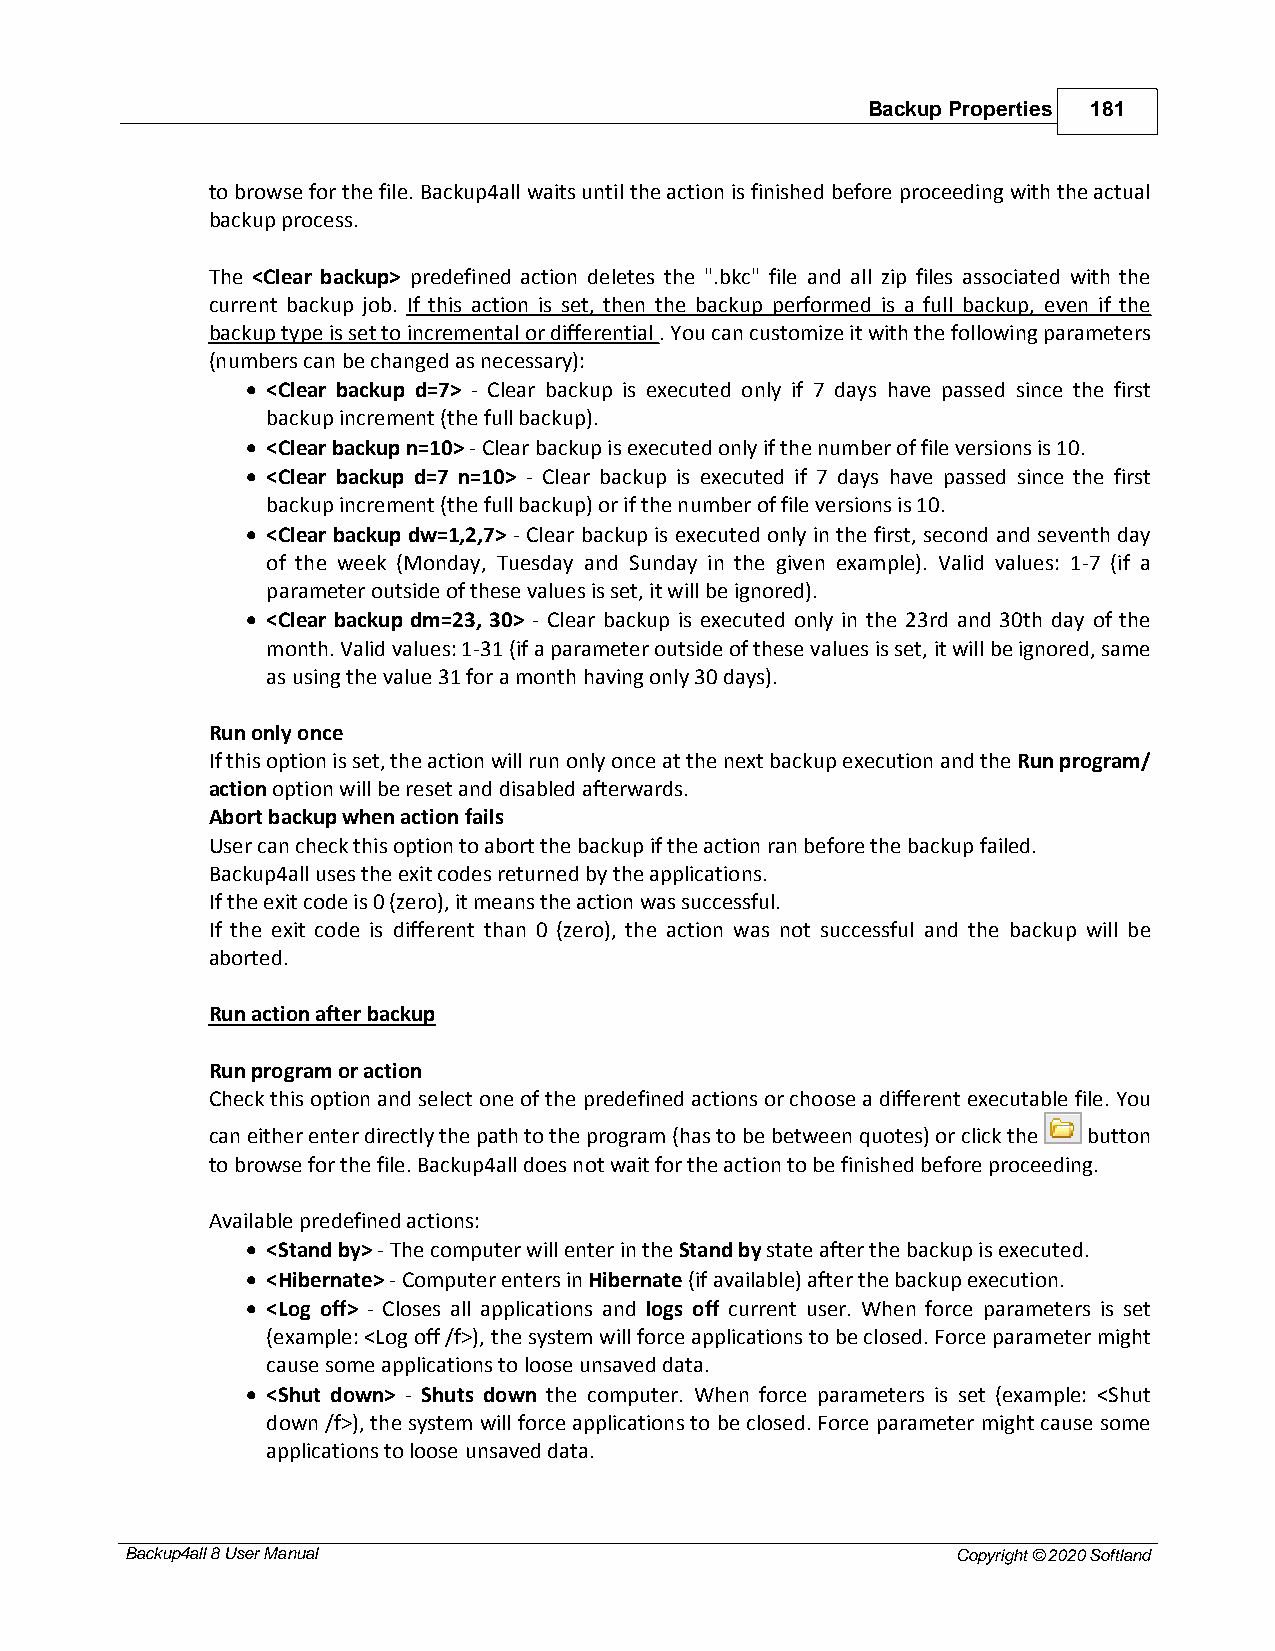
Backup Properties 181
 to browse for the file. Backup4all waits until the action is finished before proceeding with the actual
 backup process.
 The <Clear backup> predefined action deletes the ".bkc" file and all zip files associated with the
 current backup job. If this action is set, then the backup performed is a full backup, even if the
 backup type is set to incremental or differential . You can customize it with the following parameters
 (numbers can be changed as necessary):
 · <Clear backup d=7> - Clear backup is executed only if 7 days have passed since the first
 backup increment (the full backup).
 · <Clear backup n=10> - Clear backup is executed only if the number of file versions is 10.
 · <Clear backup d=7 n=10> - Clear backup is executed if 7 days have passed since the first
 backup increment (the full backup) or if the number of file versions is 10.
 · <Clear backup dw=1,2,7> - Clear backup is executed only in the first, second and seventh day
 of the week (Monday, Tuesday and Sunday in the given example). Valid values: 1-7 (if a
 parameter outside of these values is set, it will be ignored).
 · <Clear backup dm=23, 30> - Clear backup is executed only in the 23rd and 30th day of the
 month. Valid values: 1-31 (if a parameter outside of these values is set, it will be ignored, same
 as using the value 31 for a month having only 30 days).
 Run only once
 If this option is set, the action will run only once at the next backup execution and the Run program/
 action option will be reset and disabled afterwards.
 Abort backup when action fails
 User can check this option to abort the backup if the action ran before the backup failed.
 Backup4all uses the exit codes returned by the applications.
 If the exit code is 0 (zero), it means the action was successful.
 If the exit code is different than 0 (zero), the action was not successful and the backup will be
 aborted.
 Run action after backup
 Run program or action
 Check this option and select one of the predefined actions or choose a different executable file. You
 can either enter directly the path to the program (has to be between quotes) or click the button
 to browse for the file. Backup4all does not wait for the action to be finished before proceeding.
 Available predefined actions:
 · <Stand by> - The computer will enter in the Stand by state after the backup is executed.
 · <Hibernate> - Computer enters in Hibernate (if available) after the backup execution.
 · <Log off> - Closes all applications and logs off current user. When force parameters is set
 (example: <Log off /f>), the system will force applications to be closed. Force parameter might
 cause some applications to loose unsaved data.
 · <Shut down> - Shuts down the computer. When force parameters is set (example: <Shut
 down /f>), the system will force applications to be closed. Force parameter might cause some
 applications to loose unsaved data.
 Backup4all 8 User Manual                               Copyright © 2020 Softland